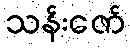
သန်းဇော်